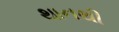
થાનથી